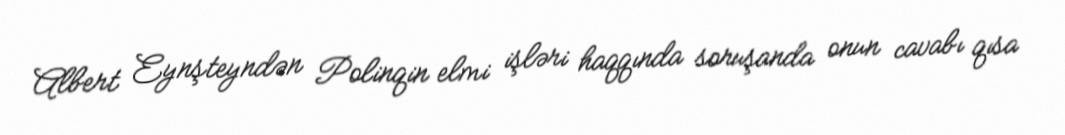
Albert Eynşteyndən Polinqin elmi işləri haqqında soruşanda onun cavabı qısa